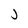
Character: j